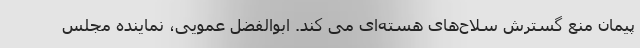
پیمان منع گسترش سلاح‌های هسته‌ای می کند. ابوالفضل عمویی، نماینده مجلس